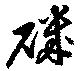
磯